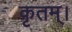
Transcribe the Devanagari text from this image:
कृतम्।